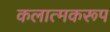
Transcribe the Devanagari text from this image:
कलात्मकरूप